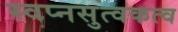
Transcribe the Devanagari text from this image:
स्वप्नसुत्वकत्व